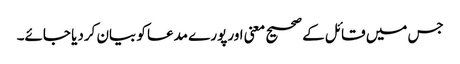
جس میں قائل کے صحیح معنی اور پورے مدعا کو بیان کردیا جائے۔